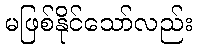
မဖြစ်နိုင်သော်လည်း